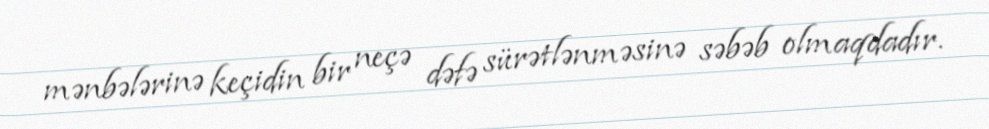
mənbələrinə keçidin bir neçə dəfə sürətlənməsinə səbəb olmaqdadır.